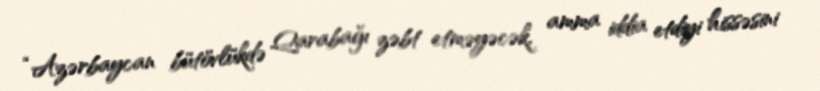
“Azərbaycan bütövlükdə Qarabağı zəbt etməyəcək, amma iddia etdiyi hissəsini